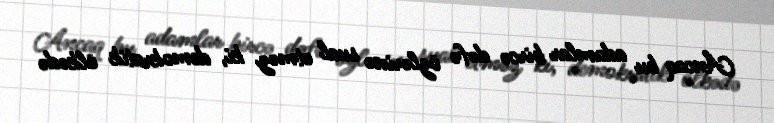
Ancaq bu adamlar bircə dəfə özlərinə sual etməz ki, demokratik ölkədə